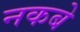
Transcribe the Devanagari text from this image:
नकबे